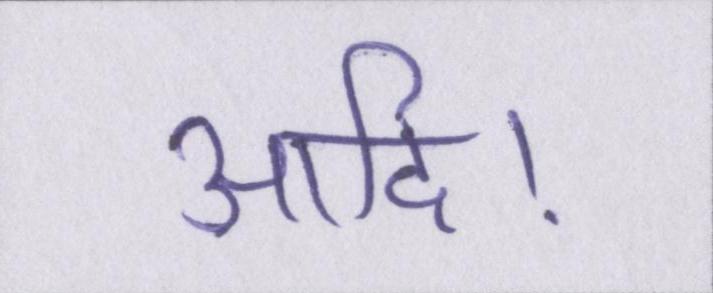
आदि।